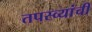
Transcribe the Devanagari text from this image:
तपस्व्यांची